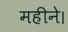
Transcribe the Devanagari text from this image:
महीने।